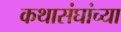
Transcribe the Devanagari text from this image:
कथासंघांच्या